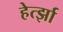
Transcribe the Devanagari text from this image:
हेर्त्झा